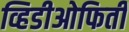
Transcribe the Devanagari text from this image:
व्हिडीओफिती